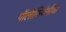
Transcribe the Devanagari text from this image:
पॉलीसिंथेमीया